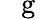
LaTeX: \mathrm{~\mathit~{~g~}~}